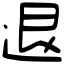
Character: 退